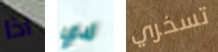
اذا لدي تسخري